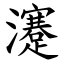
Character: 瀽